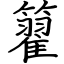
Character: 籊